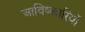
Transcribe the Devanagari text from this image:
आविष्कारियों